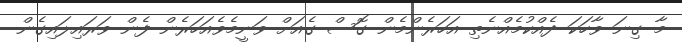
މާ ގިނަ ވާހަކަ ދެއްކުމެއްނެތި އަހަރެންމެން ގޮސް ގެއަށް ވަނީމެވެއަހަރެން ފެން ވަރައިލައިގެން